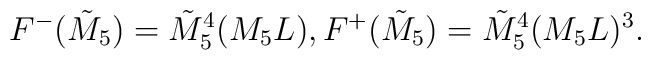
F^{-}(\tilde{M}_5) = \tilde{M}_5^4 (M_5 L), F^{+}(\tilde{M}_5) =\tilde{M}_5^4 (M_5 L)^3.